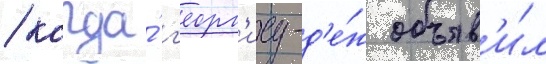
/ когда́ г'еорг'иу-д'е́ж объяв'и́л